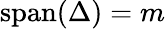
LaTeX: \operatorname{span}(\Delta)=m